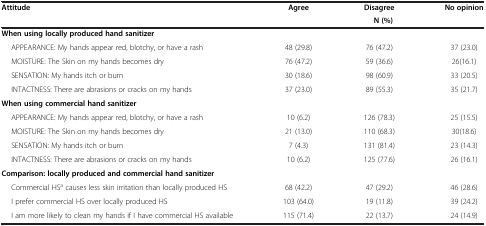
<table><thead><tr><td rowspan="2"><b>Attitude</b></td><td><b>Agree</b></td><td><b>Disagree</b></td><td><b>No opinion</b></td></tr><tr><td colspan="3"><b>N (%)</b></td></tr></thead><tbody><tr><td><b>When using locally produced hand sanitizer</b></td><td> </td><td> </td><td> </td></tr><tr><td>APPEARANCE: My hands appear red, blotchy, or have a rash</td><td>48 (29.8)</td><td>76 (47.2)</td><td>37 (23.0)</td></tr><tr><td>MOISTURE: The Skin on my hands becomes dry</td><td>76 (47.2)</td><td>59 (36.6)</td><td>26(16.1)</td></tr><tr><td>SENSATION: My hands itch or burn</td><td>30 (18.6)</td><td>98 (60.9)</td><td>33 (20.5)</td></tr><tr><td>INTACTNESS: There are abrasions or cracks on my hands</td><td>37 (23.0)</td><td>89 (55.3)</td><td>35 (21.7)</td></tr><tr><td><b>When using commercial hand sanitizer</b></td><td> </td><td> </td><td> </td></tr><tr><td>APPEARANCE: My hands appear red, blotchy, or have a rash</td><td>10 (6.2)</td><td>126 (78.3)</td><td>25 (15.5)</td></tr><tr><td>MOISTURE: The Skin on my hands becomes dry</td><td>21 (13.0)</td><td>110 (68.3)</td><td>30(18.6)</td></tr><tr><td>SENSATION: My hands itch or burn</td><td>7 (4.3)</td><td>131 (81.4)</td><td>23 (14.3)</td></tr><tr><td>INTACTNESS: There are abrasions or cracks on my hands</td><td>10 (6.2)</td><td>125 (77.6)</td><td>26 (16.1)</td></tr><tr><td><b>Comparison: locally produced and commercial hand sanitizer</b></td><td> </td><td> </td><td> </td></tr><tr><td>Commercial HS<sup>a</sup> causes less skin irritation than locally produced HS</td><td>68 (42.2)</td><td>47 (29.2)</td><td>46 (28.6)</td></tr><tr><td>I prefer commercial HS over locally produced HS</td><td>103 (64.0)</td><td>19 (11.8)</td><td>39 (24.2)</td></tr><tr><td>I am more likely to clean my hands if I have commercial HS available</td><td>115 (71.4)</td><td>22 (13.7)</td><td>24 (14.9)</td></tr></tbody></table>